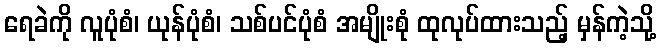
ရေခဲကို လူပုံစံ၊ ယုန်ပုံစံ၊ သစ်ပင်ပုံစံ အမျိုးစုံ ထုလုပ်ထားသည့် မှန်ကဲ့သို့